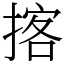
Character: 揢